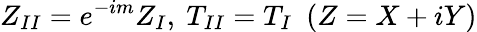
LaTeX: Z_{II}=e^{-im}Z_{I},\ T_{II}=T_{I}\ \ (Z=X+iY)